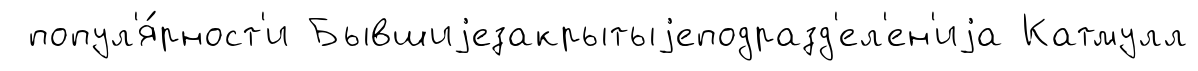
попул'я́рност'и Бывшиjезакрытыjеподразд'ел'ен'иjа Катмулл